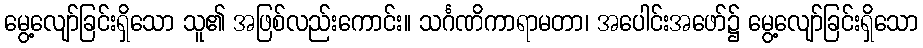
မွေ့လျော်ခြင်းရှိသော သူ၏ အဖြစ်လည်းကောင်း။ သင်္ဂဏိကာရာမတာ၊ အပေါင်းအဖော်၌ မွေ့လျော်ခြင်းရှိသော